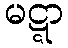
မဋ္ဋာ